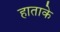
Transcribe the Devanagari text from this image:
हाताके